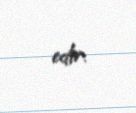
edir.